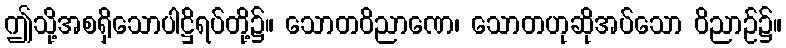
ဤသို့အစရှိသောပါဋ္ဌိရပ်တို့၌။ သောတဝိညာဏေ၊ သောတဟုဆိုအပ်သော ဝိညာဉ်၌။